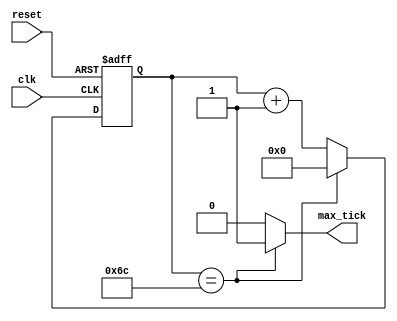
module baud_rate_generator_tx(clk, reset, max_tick); //mod_216_counter
input clk, reset; 
output max_tick;  // maxtick = s_tick, 1*max_tick = 163*q
//output [7:0] q; //[7:0] // acutual no of tick
// s i g n a l   d e c l a r a t i o n  
reg [7:0] r_reg;  // [7:0]
wire [7:0] r_next; // [7:0]
 
//  body 
//  r e g i s t e r  
always @(posedge clk, posedge reset)
	if(reset)
		r_reg <= 0;  
	else  
		r_reg <= r_next;
		  
//  n e x t - s t a t e   l o g i c  
assign r_next = (r_reg==(108))?0:r_reg + 1; // if r_reg=162, then r_next=0, else r_next=r_reg+1;
//  o u t p u t   l o g i c  
//assign q = r_reg;  
assign max_tick = (r_reg==(108))?1'b1:1'b0; // if r_reg=162, then max_tick=1, else max_tick=0;

endmodule